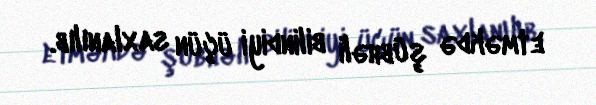
etməkdə şübhəli bilindiyi üçün saxlanılıb.